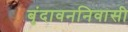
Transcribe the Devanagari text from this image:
बृंदावननिवासी